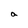
Character: a